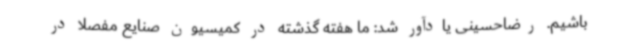
باشیم. رضاحسینی یادآور شد: ما هفته گذشته در کمیسیون صنایع مفصلا در